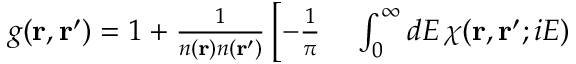
\begin{array} { r l } { g ( \mathbf { r } , \mathbf { r } ^ { \prime } ) = 1 + \frac { 1 } { n ( \mathbf { r } ) n ( \mathbf { r } ^ { \prime } ) } \left[ - \frac { 1 } { \pi } \right. } & { { } \int _ { 0 } ^ { \infty } d E \, \chi ( \mathbf { r } , \mathbf { r } ^ { \prime } ; i E ) } \end{array}